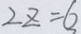
2 z = 6